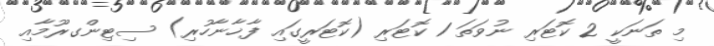
މި ތަނަކީ 2 ކޮޓަރި ނުވަތަ 1 ކޮޓަރި (ކޮޓަރީގައި ފާޚާނާހުރި) ސިޓިންގރޫމާއި